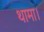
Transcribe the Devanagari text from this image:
थामा।